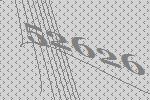
52626